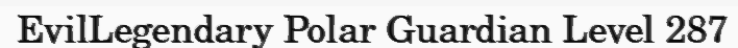
EvilLegendary Polar Guardian Level 287